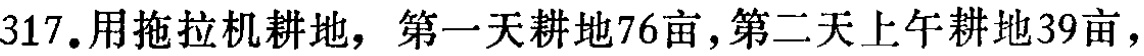
317.用拖拉机耕地，第一天耕地76亩，第二天上午耕地39亩，